Lunatic asylums Central Provinces reports 1874-1885 - 1874-1885
Year: 1874
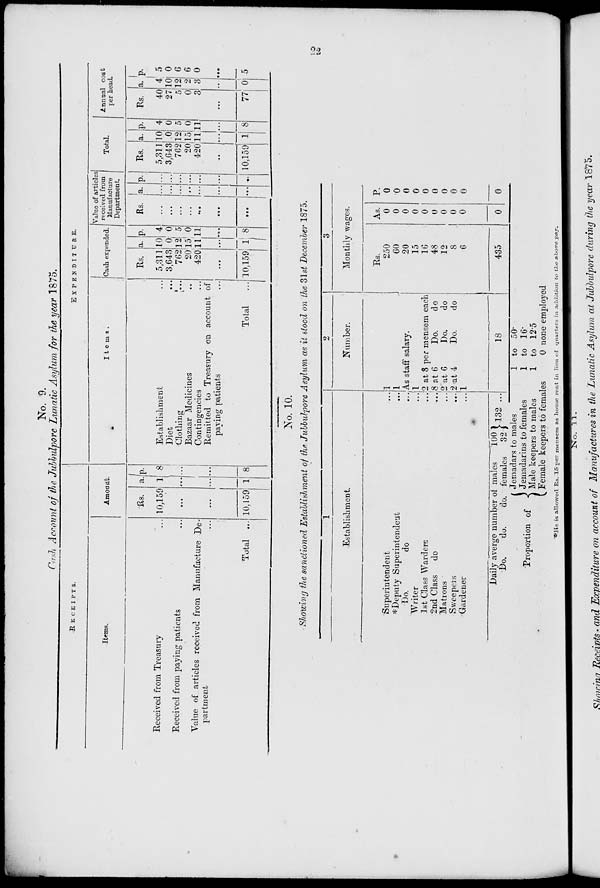
22
No. 9.
Cash Account of the Jubbulpore Lunatic Asylum for the year 1875.
RECEIPTS.
Items.
Received from Treasury ...
Received from paying patients ...
Value of articles received from Manufacture De-
partment ...
Total ...
Amount.
Rs.
10,159
...
...
10,159
a.
1
...
...
1
p.
8
...
...
8
EXPENDITURE.
Items.
Establishment ...
Diet ...
Clothing ...
Bazaar Medicines ...
Contingencies
Remitted to Treasury on account of
paying patients ...
Total ...
Cash expended.
Rs.
5,311
3,643
762
20
420
...
10,159
a.
10
0
12
15
11
...
1
p.
4
0
5
0
11
...
8
Value of articles
received from
Manufacture
Department.
Rs.
...
...
...
...
...
...
...
a.
...
...
...
...
...
...
...
p.
...
...
...
...
...
...
...
Total.
Rs.
5,311
3,643
762
20
420
...
10,159
a.
10
0
12
15
11
...
1
p.
4
0
5
0
11
...
8
Annual cost
per head.
Rs.
40
27
5
0
3
...
77
a.
4
10
12
2
3
...
0
p.
5
0
6
6
0
...
5
No. 10.
Showing the sanctioned Establishment of the Jubbulpore Asylum as it stood on the 31st December 1875.
1
Establishment.
Superintendent ...
*Deputy Superintendent ...
Do.
do ...
Writer ...
1st Class Warders
...
2nd Class
do ...
Matrons ...
Sweepers ...
Gardener ...
Daily averge number of males
100
Do.
do.
do. females
32
132 ...
2
Number.
1
1
As staff salary.
1
2 at 8 per mensem each
8 at 6
Do.
do
2 at 6
Do.
do
2 at 4
Do.
do
1
18
3
Monthly wages.
Rs.
250
60
20
15
16
48
12
8
6
435
As.
0
0
0
0
0
0
0
0
0
0
P.
0
0
0
0
0
0
0
0
0
0
Proportion of
Jemadars to males
Jemadarins to females
Male keepers to males
Female keepers to females
1 to 50.
1 to 16.
1 to 12.5
0 none employed
*He is allowed Rs. 15 per mensem as house rent in lieu of quarters in addition to the above pay.